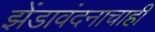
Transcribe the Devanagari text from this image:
झेंडावंदनाचाही